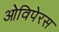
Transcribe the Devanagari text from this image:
ओविपेरस